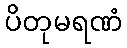
ပိတုမရဏံ